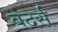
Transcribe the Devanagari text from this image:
बदर्स